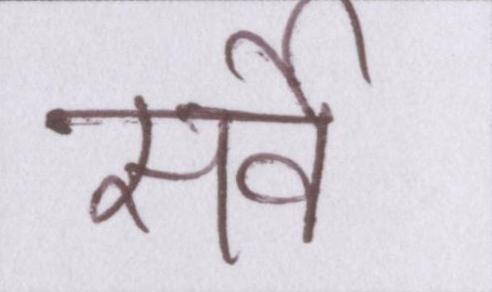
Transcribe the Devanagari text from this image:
सर्वे